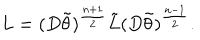
LaTeX: L = ( D \tilde { \theta } ) ^ { \frac { n + 1 } { 2 } } \tilde { L } ( D \tilde { \theta } ) ^ { \frac { n - 1 } { 2 } } .